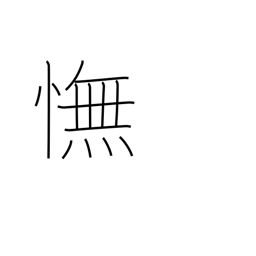
Meaning: disappointment